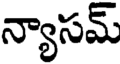
న్యాసమ్